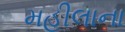
મહીલાના